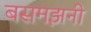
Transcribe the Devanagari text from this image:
बसमझनी